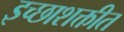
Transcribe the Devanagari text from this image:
इच्छाशक्तीत